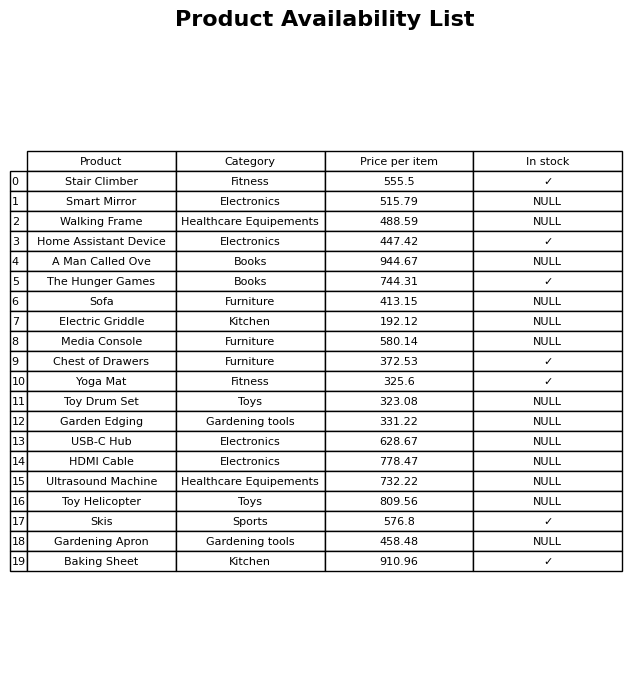
question: What is the price of the Stair Climber?
answer: The price of Stair Climber is 555.5.